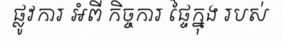
ផ្លូវការ អំពី កិច្ចការ ផ្ទៃក្នុង របស់